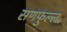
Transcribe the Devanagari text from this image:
सणफुल्ल